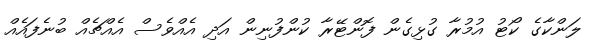
ލަންކާގެ ކޯޓު އުމުރާ ގުޅިގެން ފޮންޓޭރާ ކުންފުނިން އަދި އެއްވެސް އެއްޗެއް ބުނެފައެއް